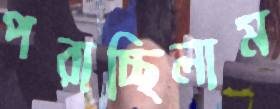
পরাচ্ছিলাম